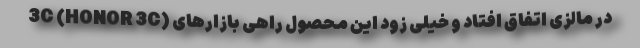
3C (HONOR 3C) در مالزی اتفاق افتاد و خیلی زود این محصول راهی بازارهای